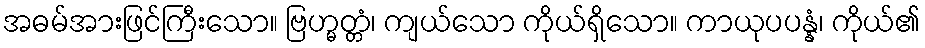
အဓမ်အားဖြင်ကြီးသော။ ဗြဟ္မတ္တံ၊ ကျယ်သော ကိုယ်ရှိသော။ ကာယုပပန္နံ၊ ကိုယ်၏